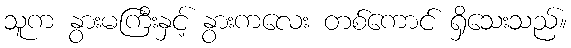
သူက နွားမကြီးနှင့် နွားကလေး တစ်ကောင် ရှိသေးသည်။